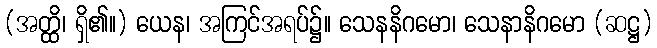
(အတ္ထိ၊ ရှိ၏။) ယေန၊ အကြင်အရပ်၌။ သေနနိဂမော၊ သေနာနိဂမော (ဆဋ္ဌ)